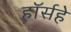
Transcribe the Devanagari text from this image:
हॉर्सहे